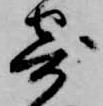
寄